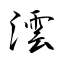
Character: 澐